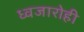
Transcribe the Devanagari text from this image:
ध्वजारोही